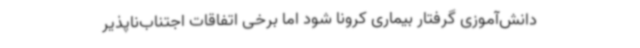
دانش‌آموزی گرفتار بیماری کرونا شود اما برخی اتفاقات اجتناب‌ناپذیر